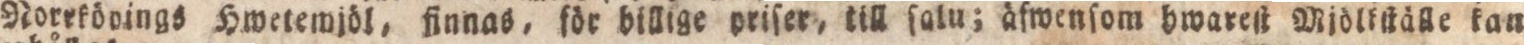
Norrkönings Hwetemjöl, finnas, för billige priſer, till ſalu; äfwenſom hwareſt Miölkſtälle kan